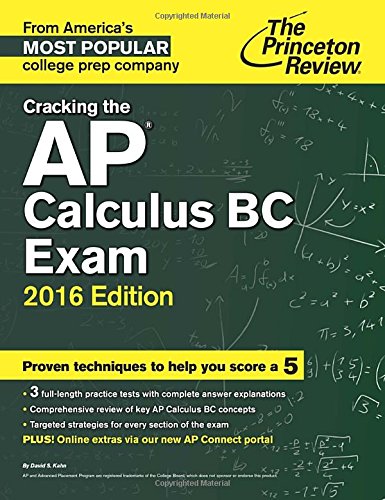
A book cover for Cracking the AP Calculus BC Exam, 2016 Edition (College Test Preparation); Princeton Review; Test Preparation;